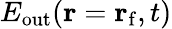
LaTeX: E_{\mathrm{out}}({\mathbf r}={\mathbf r}_{\mathrm{f}},t)